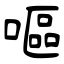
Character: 嘔